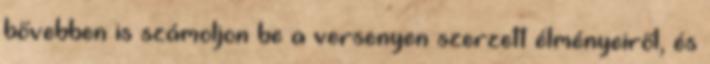
bővebben is számoljon be a versenyen szerzett élményeiről, és